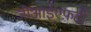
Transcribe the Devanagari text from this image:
जीआईएफ़टी